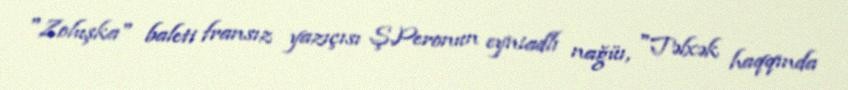
"Zoluşka" baleti fransız yazıçısı Ş.Peronun eyniadlı nağüı, "Təlxək haqqında